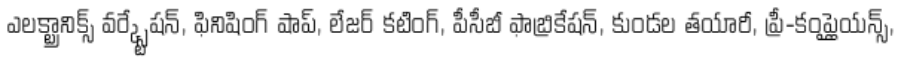
ఎలక్ట్రానిక్స్ వర్క్స్టేషన్, ఫినిషింగ్ షాప్, లేజర్ కటింగ్, పీసీబీ ఫాబ్రికేషన్, కుండల తయారీ, ప్రీ-కంప్లైయన్స్,